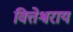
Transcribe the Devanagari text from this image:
वित्तेश्वराय